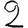
Digit: 2